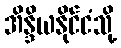
အိန္ဒိယနိုင်ငံသို့